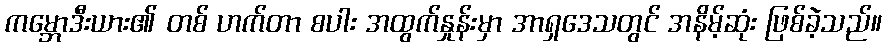
ကမ္ဘောဒီးယား၏ တစ် ဟက်တာ စပါး အထွက်နှုန်းမှာ အာရှဒေသတွင် အနိမ့်ဆုံး ဖြစ်ခဲ့သည်။